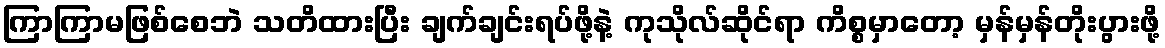
ကြာကြာမဖြစ်စေဘဲ သတိထားပြီး ချက်ချင်းရပ်ဖို့နဲ့ ကုသိုလ်ဆိုင်ရာ ကိစ္စမှာတော့ မှန်မှန်တိုးပွားဖို့